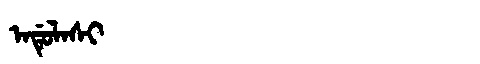
Manchu: ᠠᡩᡠᠯᠠᠰᡳ
Romanization: ADULASI